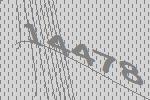
14478